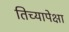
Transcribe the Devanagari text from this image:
तिच्यापेक्षा